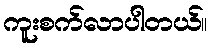
ကူးစက်လာပါတယ်။